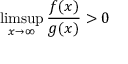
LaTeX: \operatorname* { l i m s u p } _ { x \to \infty } { \frac { f ( x ) } { g ( x ) } } > 0